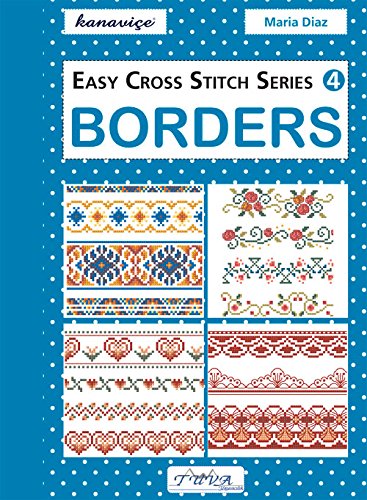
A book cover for Easy Cross Stitch Series 4: Borders; Maria Diaz; Crafts, Hobbies & Home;